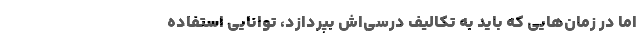
اما در زمان‌هایی که باید به تکالیف درسی‌اش بپردازد، توانایی استفاده